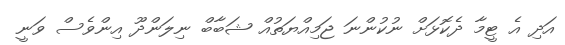
އަދި އެ ޓީމާ ދެކޮޅަށް ނުކުންނަ ޖަމިއްޔަތުއް ޝަބާބް ނިލަންދޫ އިންވެސް ވަނީ